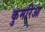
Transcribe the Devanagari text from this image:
कुमरिआ